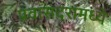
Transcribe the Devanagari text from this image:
प्रवासदरांमध्ये